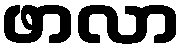
ဖာလာ